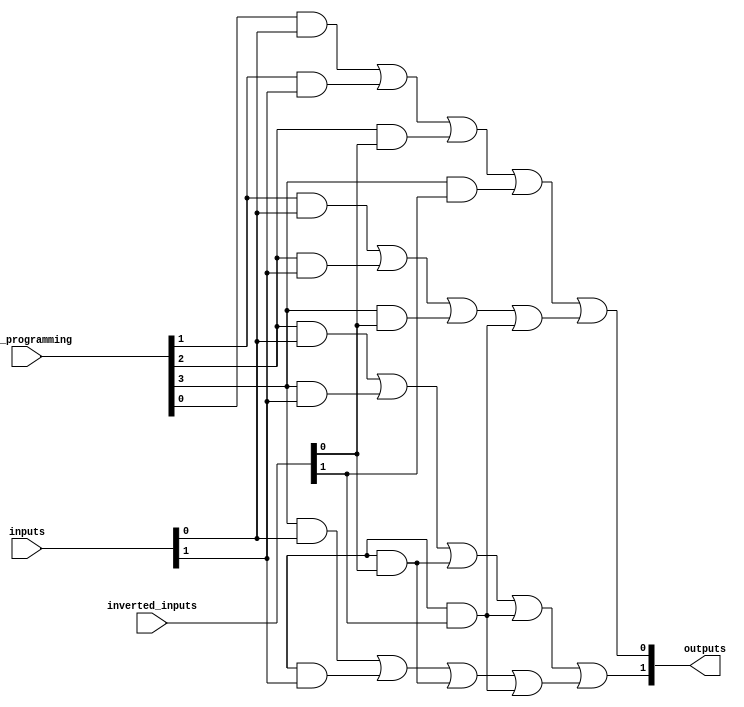
module PAL (
    input wire [N-1:0] inputs,        // Input lines (N inputs)
    input wire [N-1:0] inverted_inputs, // Inverted inputs (for each input)
    input wire [M-1:0] and_programming, // Programming bits for AND gates, M AND gates
    output wire [P-1:0] outputs        // Output lines (P outputs)
);
    parameter N = 8;                   // Number of inputs
    parameter M = 4;                   // Number of AND gates
    parameter P = 2;                   // Number of OR outputs

    wire [M-1:0] and_out;              // Outputs of AND gates
    wire [P-1:0] or_out;                // Outputs of OR gates

    // Generate AND gates based on programming
    genvar i;
    generate
        for (i = 0; i < M; i = i + 1) begin : and_array
            assign and_out[i] = (and_programming[i] & inputs[0]) |
                                 (and_programming[i+1] & inputs[1]) |
                                 (and_programming[i+2] & inverted_inputs[0]) |
                                 (and_programming[i+3] & inverted_inputs[1]);
            // Expand according to the number of inputs and programming bits
        end
    endgenerate

    // Fixed OR gate configuration combining AND outputs
    assign or_out[0] = and_out[0] | and_out[1]; // Example connection for OR gate 0
    assign or_out[1] = and_out[2] | and_out[3]; // Example connection for OR gate 1

    // Connect OR outputs to final outputs
    assign outputs = or_out;

endmodule